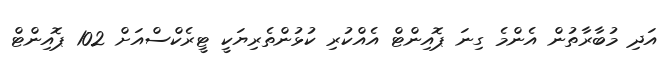
އަދި މުބާރާތުން އެންމެ ގިނަ ޕޮއިންޓް އެއްކުރި ކުޅުންތެރިޔަކީ ޓީރެކްސްއަށް 102 ޕޮއިންޓް